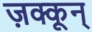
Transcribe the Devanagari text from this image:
ज़क्कून्